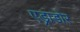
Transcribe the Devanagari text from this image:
एड्राडोर